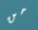
من